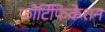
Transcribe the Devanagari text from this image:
फोर्टिफिकेशन